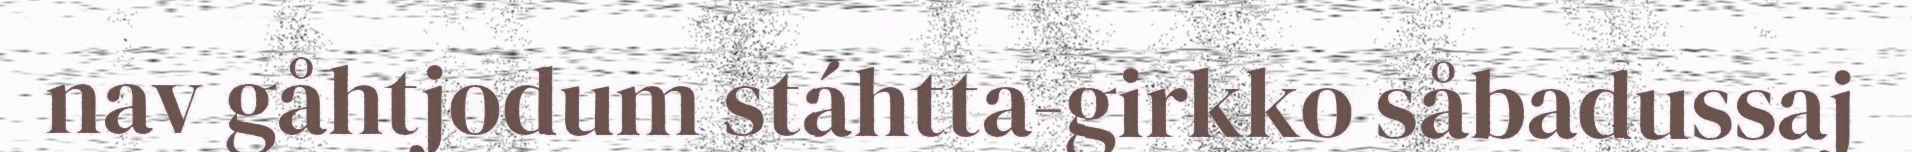
nav gåhtjodum stáhtta-girkko såbadussaj